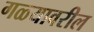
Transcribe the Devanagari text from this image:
गळ्यावरील